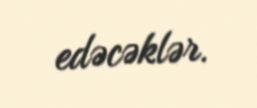
edəcəklər.